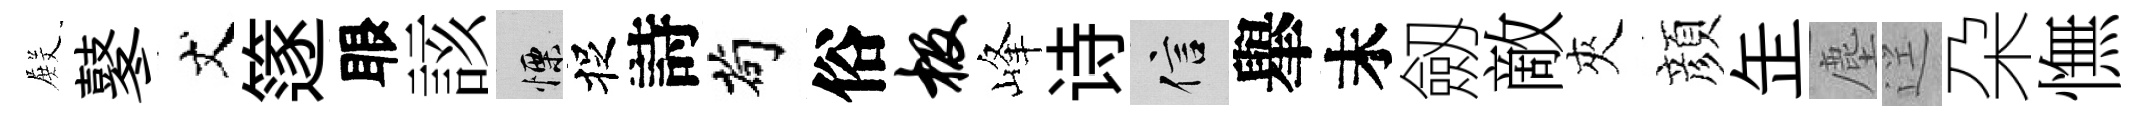
𭮺鼕丈篴眼該慄捉詩茍俗极峰诗信𦦙末劔敵夾顔𦈢塵逕朶憮